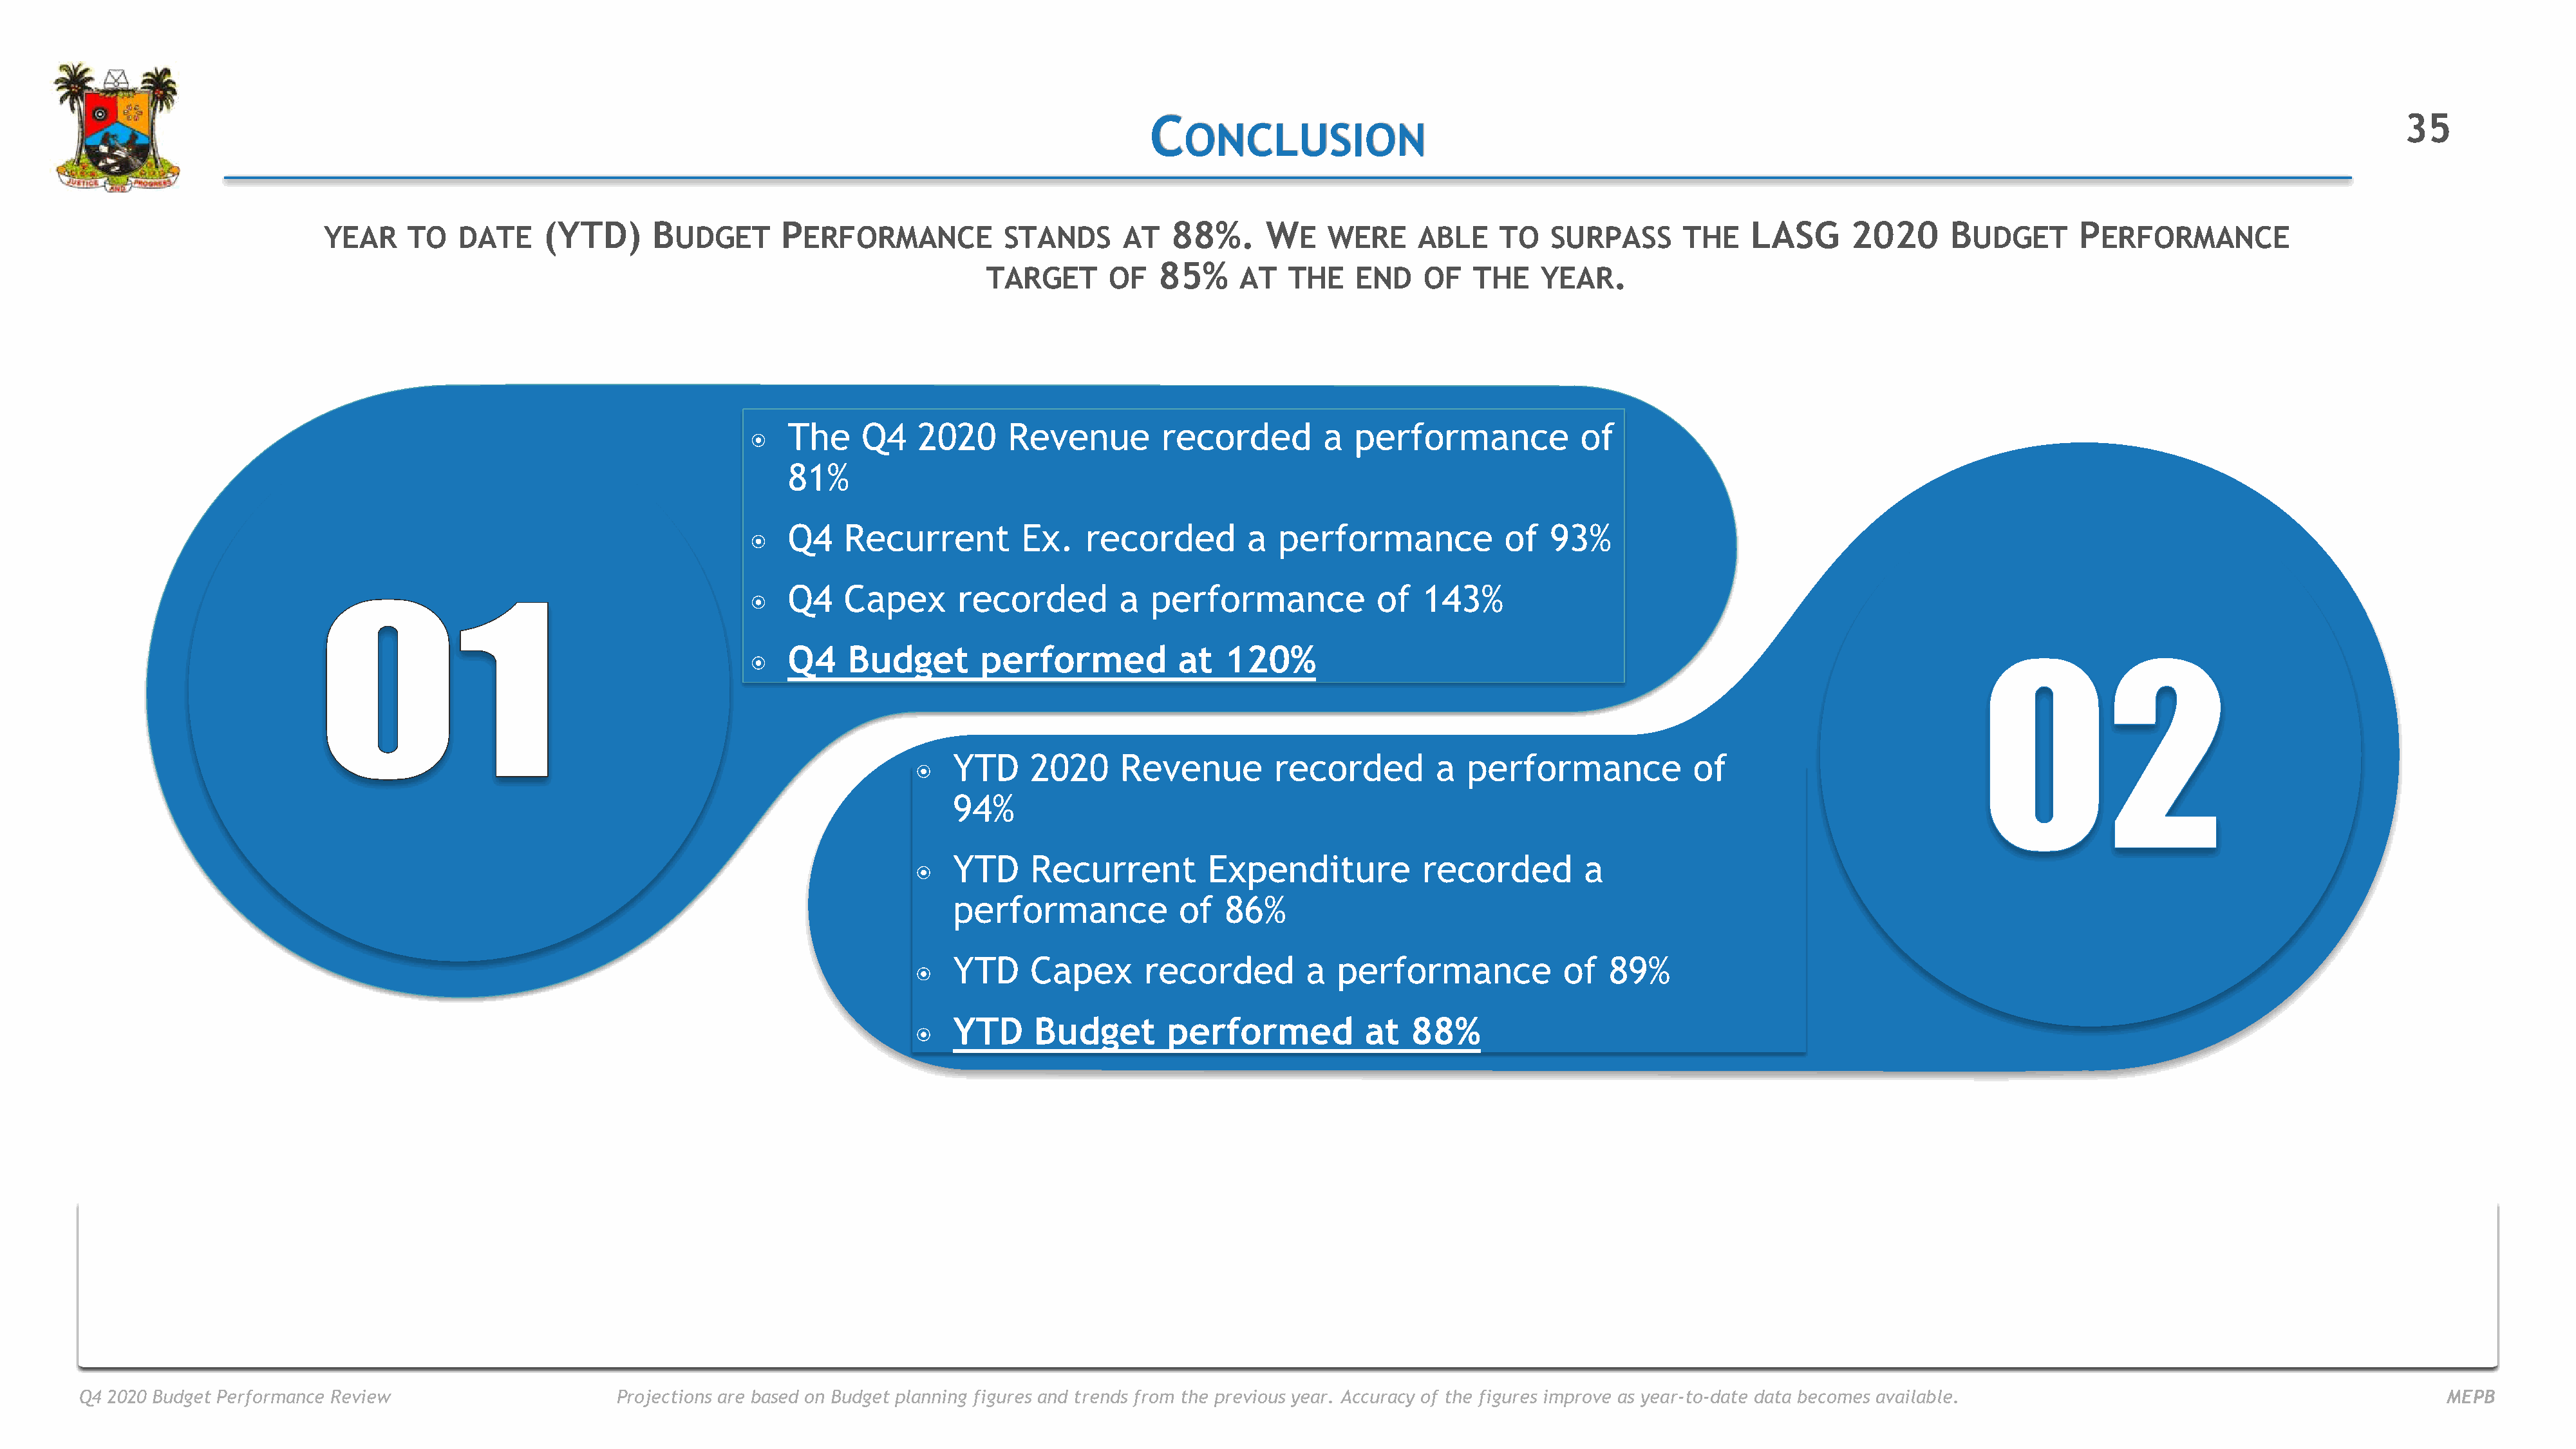
C                                                                                                                                35
 ONCLUSION
 ๏
 (YTD)      B            P                                       88%.      W                                                 LASG      2020      B             P
 YEAR     TO   DATE                  UDGET         ERFORMANCE          STANDS      AT                 E WERE      ABLE    TO   SURPASS       THE                           UDGET        ERFORMANCE
 85%                                            .
 TARGET       OF           AT   THE    END    OF   THE    YEAR
 ๏
 The     Q4   2020      Revenue        recorded         a  performance            of
 81%
 ๏
 Q4    Recurrent         Ex.    recorded        a  performance             of  93%
 ๏
 Q4    Capex      recorded         a  performance             of  143%
 ๏
 Q4    Budget        performed           at   120%
 ๏
 YTD     2020     Revenue         recorded         a  performance            of
 94%
 ๏
 YTD     Recurrent         Expenditure           recorded         a
 performance            of   86%
 ๏
 YTD     Capex       recorded        a  performance             of  89%
 ๏
 YTD     Budget        performed           at   88%
 Q4 2020 Budget Performance Review                      Projections are based on Budget planning figures and trends from the previous year. Accuracy of the figures improve as year-to-date data becomes available.                                  MEPB